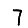
Digit: 7